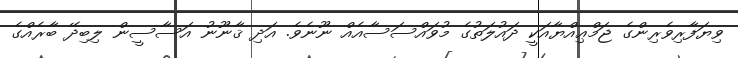
ވިޔަފާރިވެރިންގެ ޖަމްޢިއްޔާއަކީ ދައުލަތުގެ މުވައްސަސާއެއް ނޫނެވެ. އަދި ޤާނޫނު އަސާސީން ލިބިދޭ ބާރެއްގެ